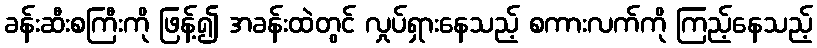
ခန်းဆီးစကြီးကို ဖြန့်၍ အခန်းထဲတွင် လှုပ်ရှားနေသည့် စကားလက်ကို ကြည့်နေသည့်